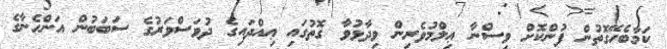
ކަމާބެހޭގޮތުން ފުންކޮށް ވިސްނާ ޢިލްމުވެރިން ވިދާޅުވާ ގޮތުގައި ޢިއްދައިގެ ދުވަސްވަރުގެ ސަބަބުން އަންހެނާގެ